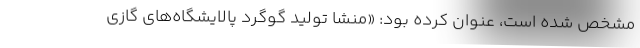
مشخص شده است، عنوان کرده بود: «منشا تولید گوگرد پالایشگاه‌های گازی